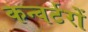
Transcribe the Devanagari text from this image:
कन्वर्टरों